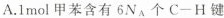
A.1mol甲苯含有6N_{A}个$$C-H$$键